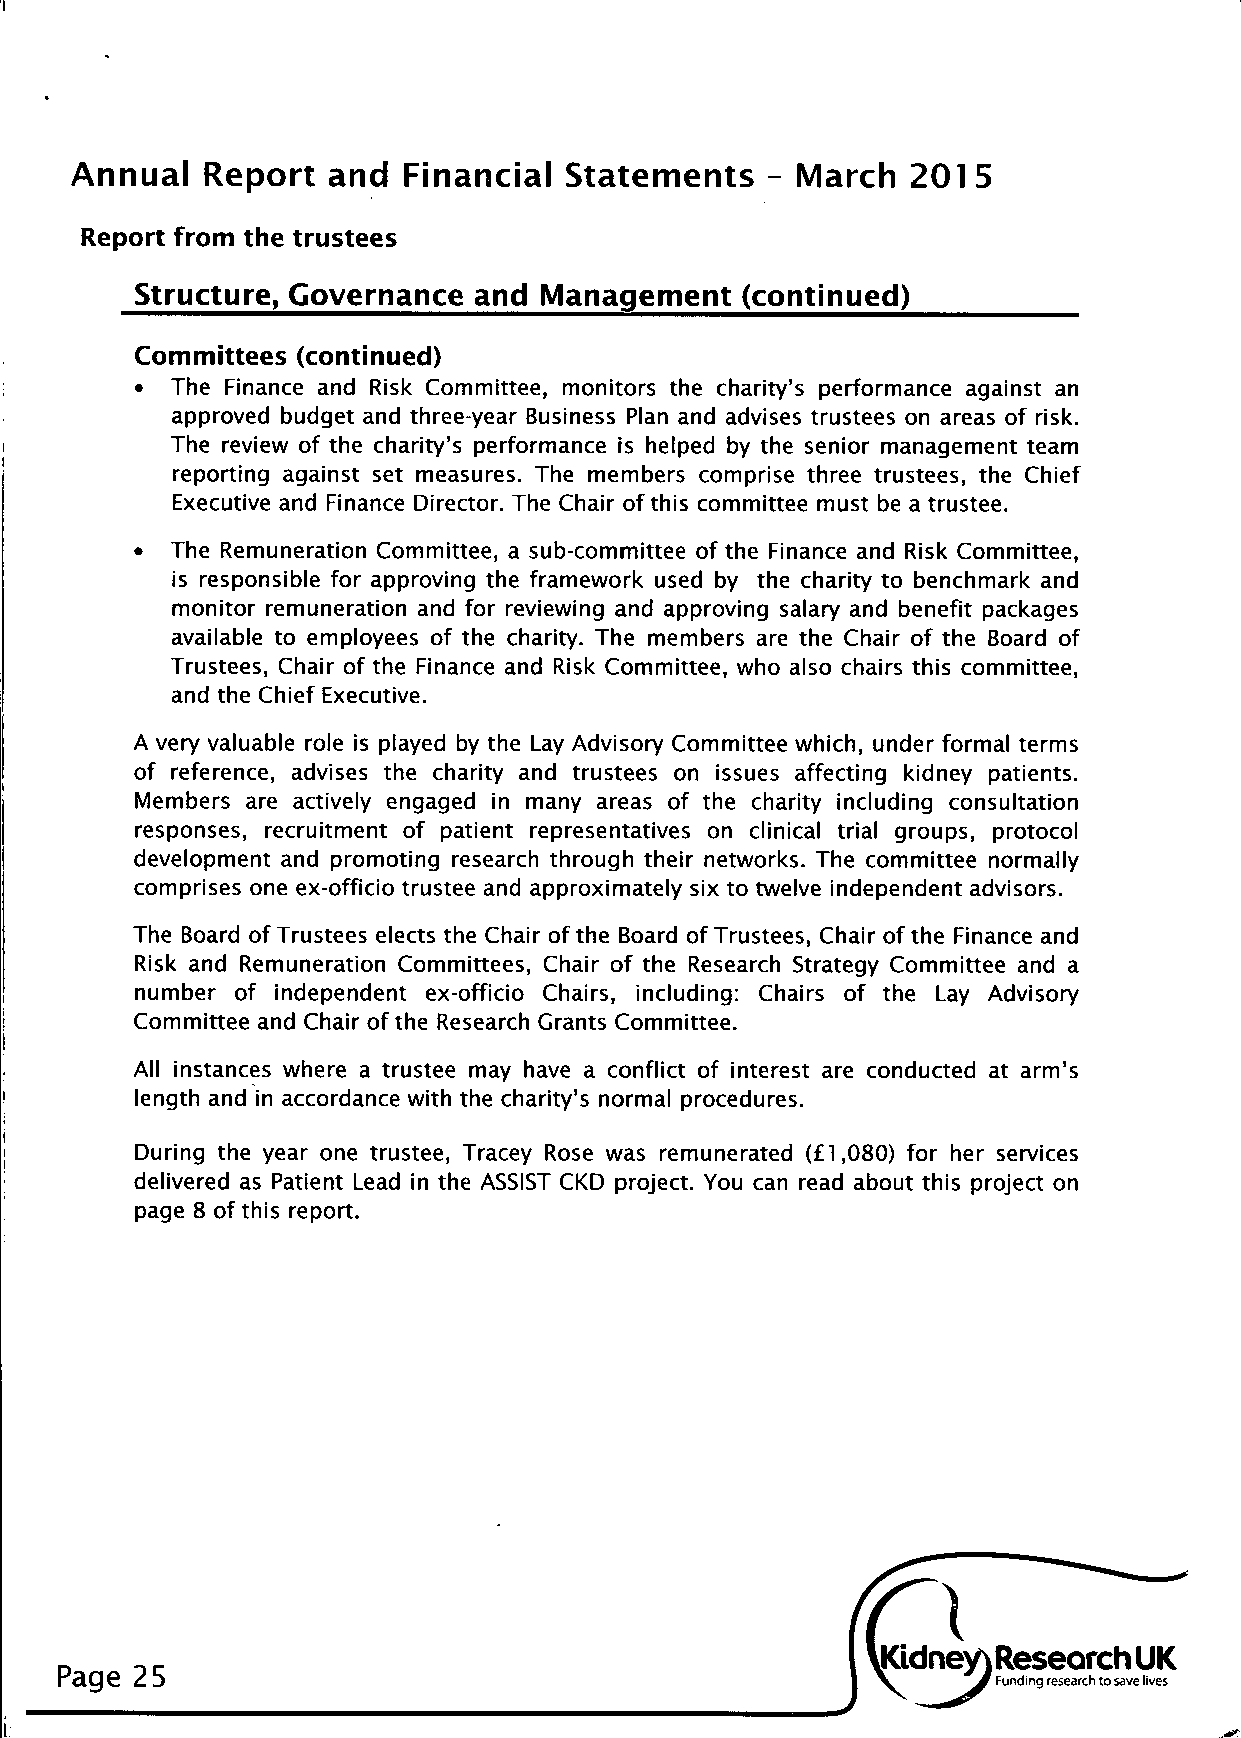
Annual  Report  and  Financial  Statements   - March  201  5
 Report from the trustees
 Structure, Governance and  Management   (continued)
 Committees (continued)
 • The Finance and Risk Committee, monitors the charity's performance against an
 approved budget and three-year Business Plan and advises trustees on areas of risk.
 The review of the charity's performance is helped by the senior management team
 reporting against set measures. The members comprise three trustees, the Chief
 Executive and Finance Director. The Chair of this committee must be a trustee.
 • The Remuneration Committee, a sub-committee of the Finance and Risk Committee,
 is responsible for approving the framework used by the charity to benchmark and
 monitor remuneration and for reviewing and approving salary and benefit packages
 available to employees of the charity. The members are the Chair of the Board of
 Trustees, Chair of the Finance and Risk Committee, who also chairs this committee,
 and the Chief Executive.
 A very valuable role is played by the Lay Advisory Committee which, under formal terms
 of reference, advises the charity and trustees on issues affecting kidney patients.
 Members are actively engaged in many areas of the charity including consultation
 responses, recruitment of patient representatives on clinical trial groups, protocol
 development and promoting research through their networks. The committee normally
 comprises one ex-officio trustee and approximately six to twelve independent advisors.
 The Board of Trustees elects the Chair of the Board of Trustees, Chair of the Finance and
 Risk and Remuneration Committees, Chair of the Research Strategy Committee and a
 number of independent ex-officio Chairs, including: Chairs of the Lay Advisory
 Committee and Chair of the Research Grants Committee.
 All instances where a trustee may have a conflict of interest are conducted at arm's
 length and in accordance with the charity's normal procedures.
 During the year one trustee, Tracey Rose was remunerated (£1,080) for her services
 delivered as Patient Lead in the ASSIST CKD project. You can read about this project on
 page 8 of this report.
 Page 25